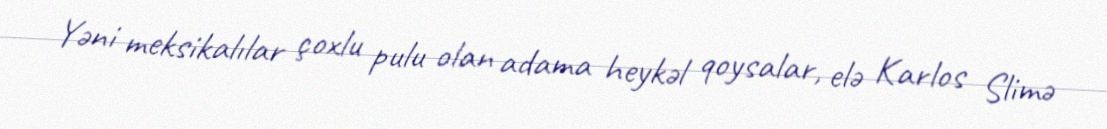
Yəni meksikalılar çoxlu pulu olan adama heykəl qoysalar, elə Karlos Slimə